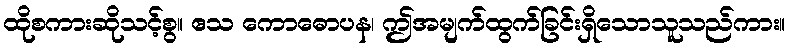
ထိုစကားဆိုသင့်စွ။ ဧသ ကောဓောပန၊ ဤအမျက်ထွက်ခြင်းရှိသောသူသည်ကား။